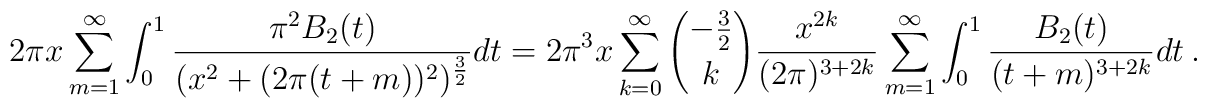
2\pi x \sum_{m=1}^\infty \int_0^1{\pi^2 B_2(t)\over (x^2+(2\pi (t+m))^2)^{{3\over 2}}} dt =2\pi^3 x \sum_{k=0}^\infty {-{3\over 2}\choose k} {x^{2k}\over(2\pi)^{3+2k}}\sum_{m=1}^\infty \int_0^1 {B_2(t)\over (t+m)^{3+2k}}  dt \ .